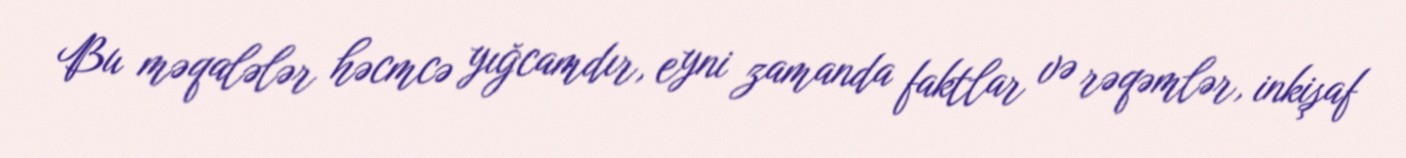
Bu məqalələr həcmcə yığcamdır, eyni zamanda faktlar və rəqəmlər, inkişaf